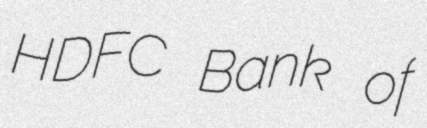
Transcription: HDFC Bank of